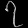
Digit: ၇